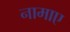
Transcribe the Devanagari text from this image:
नामाए